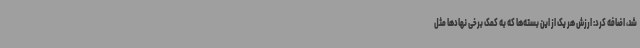
شد، اضافه کرد: ارزش هر یک از این بسته‌ها که به کمک برخی نهادها مثل